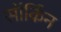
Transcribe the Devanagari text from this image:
सॉर्किन